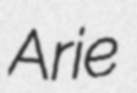
Arie